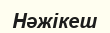
Нәжікеш